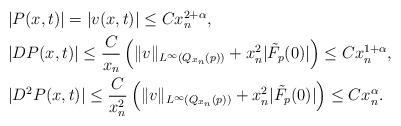
LaTeX: \begin{align*} \begin{aligned}&|P(x,t)|=|v(x,t)|\leq Cx_n^{2+\alpha},\\&|D P(x,t)|\leq \frac{C}{x_n}\left(\|v\|_{L^{\infty}(Q_{x_n}(p))}+x_n^2|\tilde{F}_{p}(0)|\right)\leq Cx_n^{1+\alpha},\\&|D^2P(x,t)|\leq \frac{C}{x_n^2}\left(\|v\|_{L^{\infty}(Q_{x_n}(p))}+x_n^2|\tilde{F}_{p}(0)|\right)\leq Cx_n^{\alpha}. \end{aligned}\end{align*}